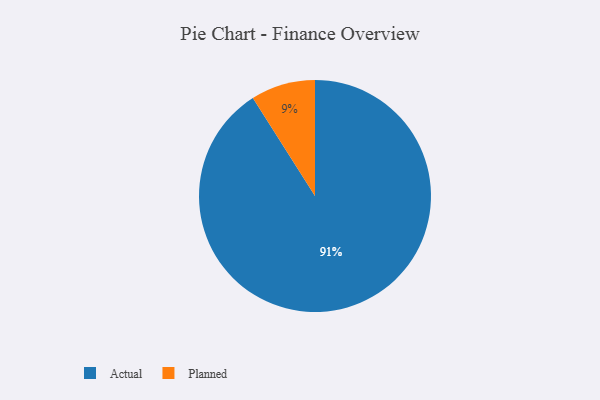
{"axis": {"x": "Category", "y": "Percentage"}, "legend": ["Actual", "Planned"], "data": [{"x": "Actual", "y": 91, "type": "Actual"}, {"x": "Planned", "y": 9, "type": "Planned"}]}